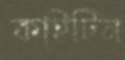
কাইটিন